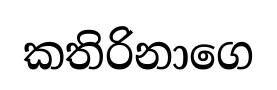
කතිරිනාගෙ